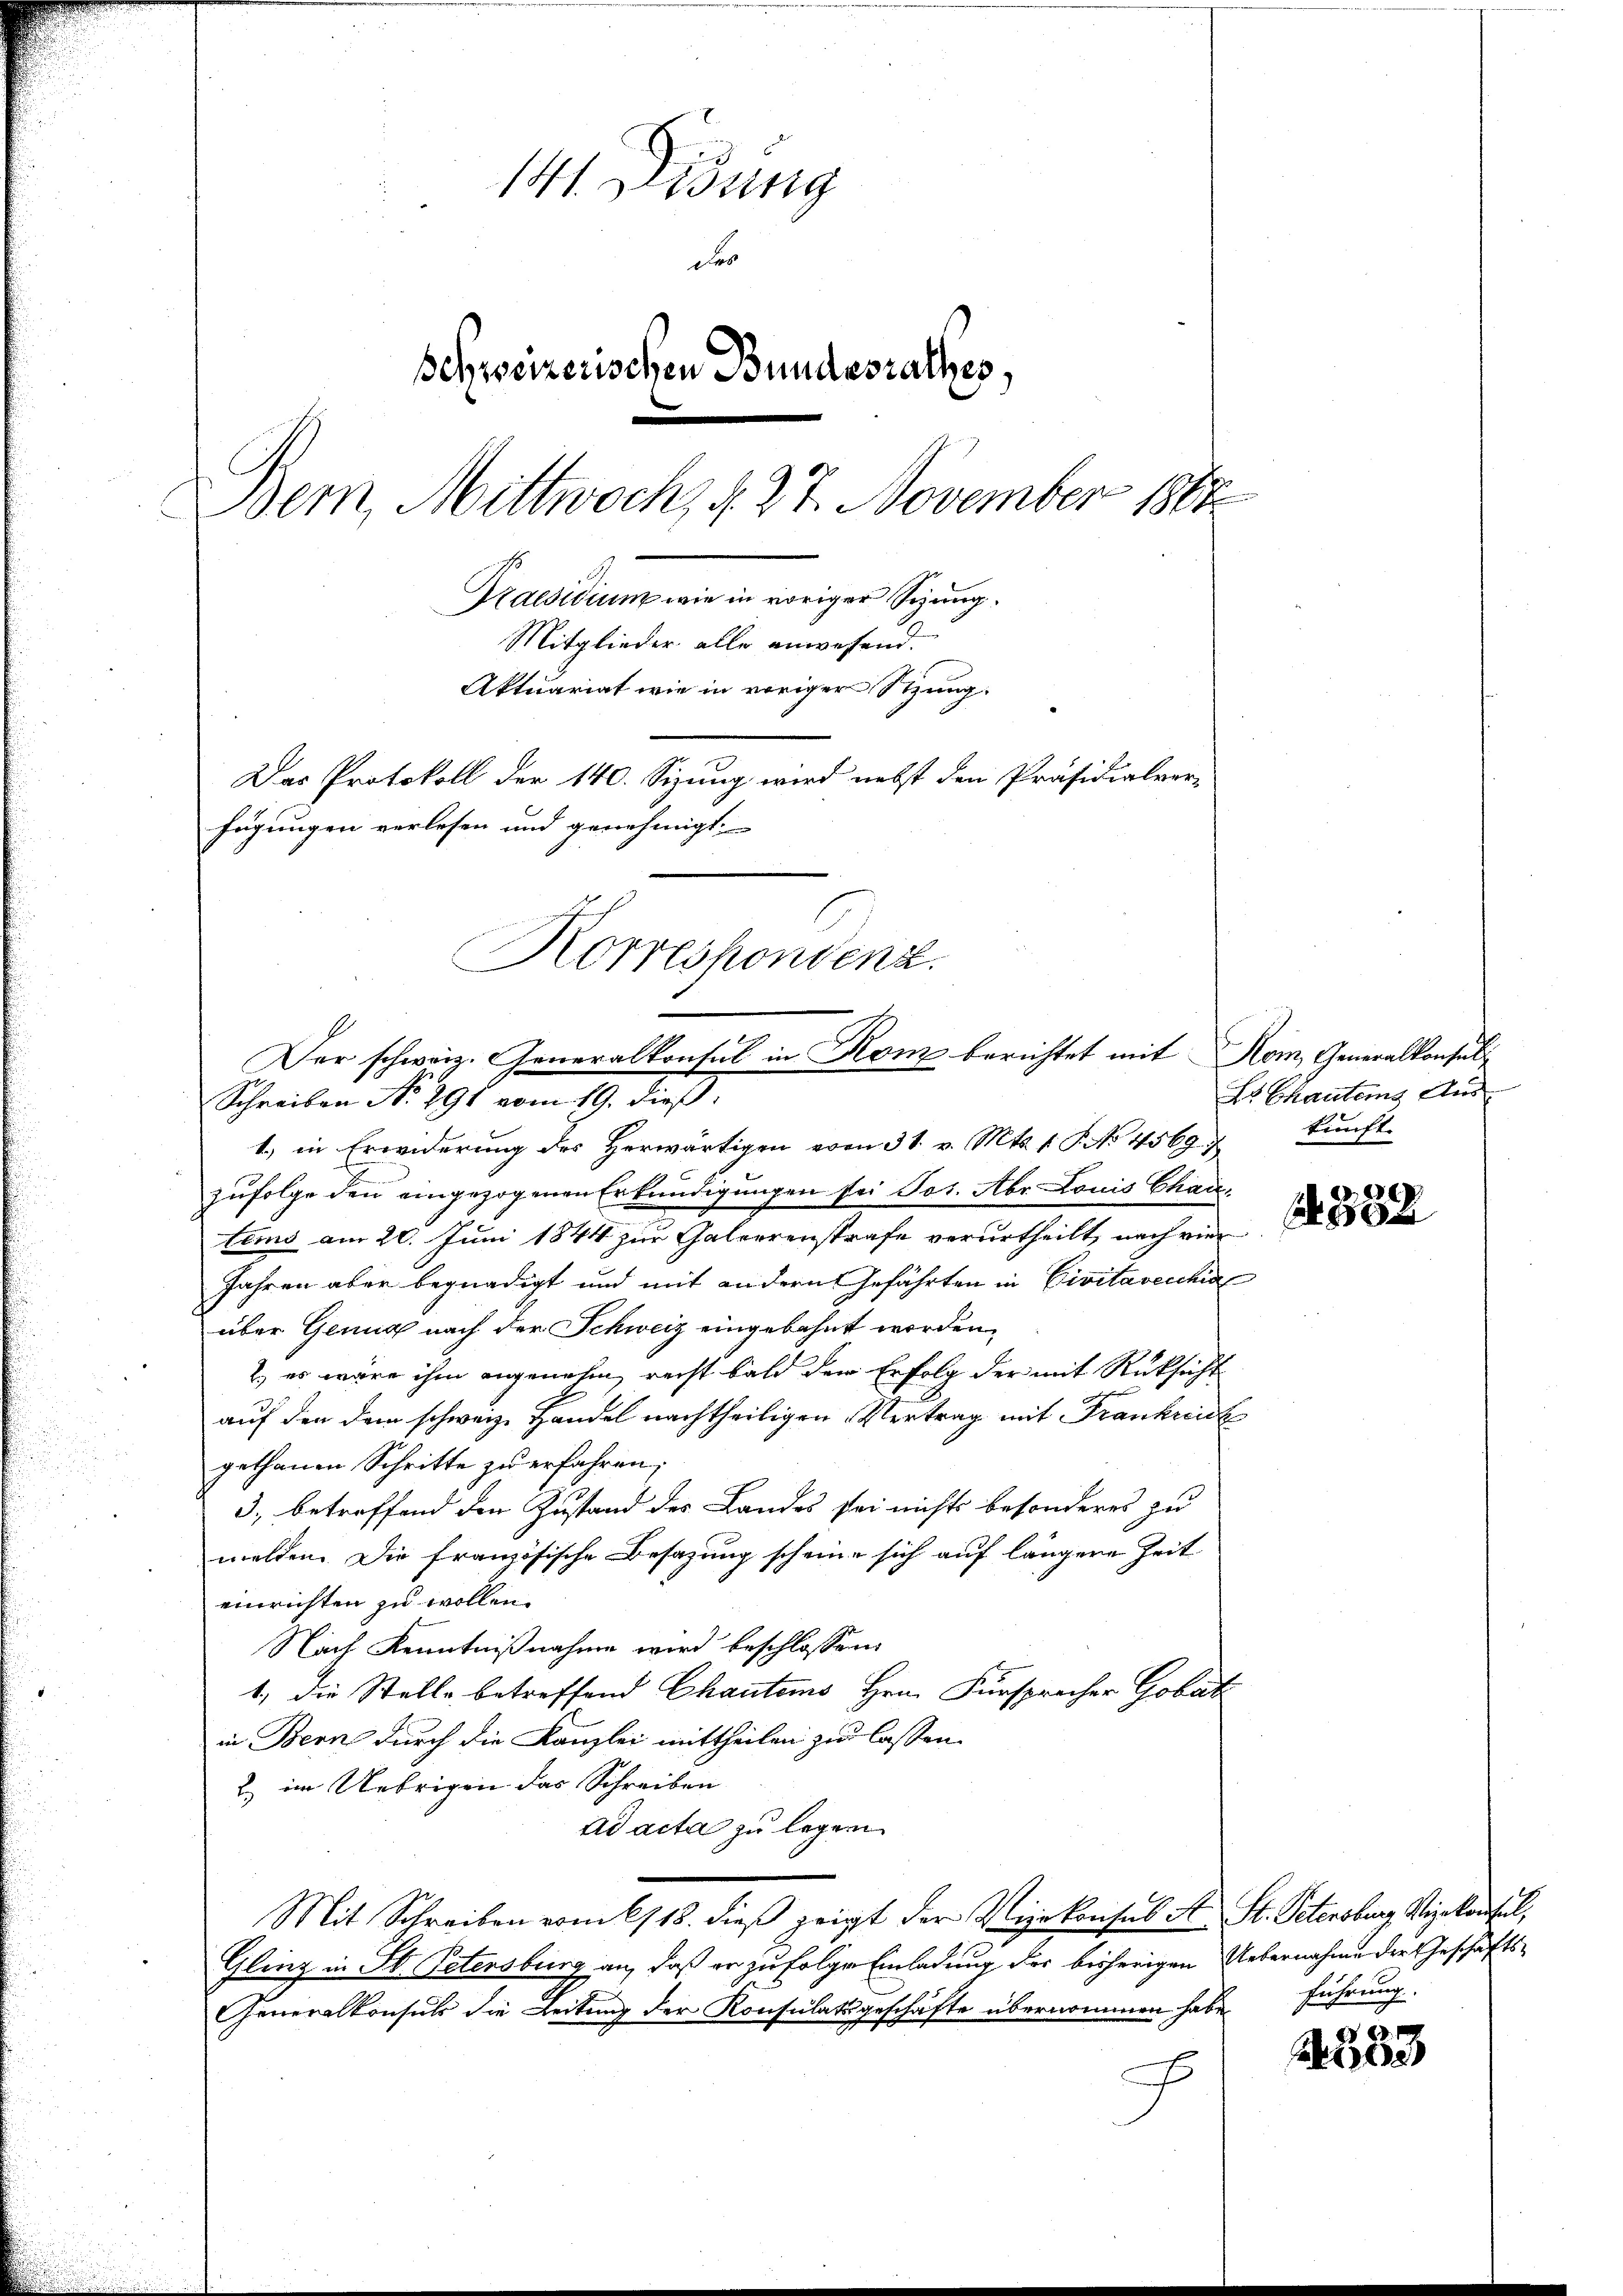
141. Didung
Des
schweizerischen Bundesrathes.
Bern, Mittwoch, d. 27. November 1888
Praesidium wie in voriger Sizung.
Mitglieder alle anwesend.
Aktuariat wie in voriger Sitzung.
Das Protokoll der 140. Sizung wird nebst den Präsidialver-
fügungen verlesen und genehmigt.
Korrespondenz.

1.) in Erwiderung des herwärtigen vom 31. v. Mts. 1 S. No 4569 kŭnft.
zufolge den eingezogenen Erkundigungen sei Jos. Aber Louis Chartems am 20. Juni 1844 zur Galerrenstrafe verurtheilt, nach vie
Jahren aber begnadigt und mit andern Gefährten in Civitavecchia
über Genug nach der Schweiz eingebahnt worden,
2) es wäre ihm angenehm, recht bald dem Erfolg der mit Rücksicht
auf den dem schweiz. Handel nachtheiligen Vertrag mit Frankreich
gethanen Schritte zu erfahren;
3., betreffend den Zustand des Landes sei nichts besonderes zu
melden. Die französische Besazung scheine sich auf längere Zeit
einrichten zu wollen.
Nach Kenntnißnahme wird beschlossen:
1., die Stelle betreffend Chautens Hrn. Fürsprecher Gobat
in Bern durch die Kanzlei mittheilen zu lassen.
2) im Uebrigen das Schreiben
Ad acta zu legen.
Mit Schreiben vom 6/18. dieß zeigt der Vizekonsul et St. Petersburg Vizekaufel,
Glinz in St. Petersburg an, daß er zu folge Einladung der bisherigen Uebernahme der Geschäfts¬
Generalkonsuls die Leitung der Konsulatsgeschäfte übernommen habe.
E

Der schweiz. Generalkonsul in Kon berichtet mit Rom, Generalkonsul
Schreiben No. 291 vom 19. dieß:

Es Chauteins Aus¬

382

führung.

x
b